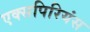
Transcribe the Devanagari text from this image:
एक्सपिरियंस